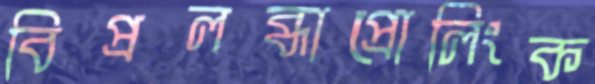
বিপ্রলব্ধাপ্রোলিংক